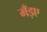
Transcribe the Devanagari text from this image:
मँड़ए